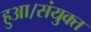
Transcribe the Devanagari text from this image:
हुआ।संयुक्त